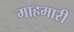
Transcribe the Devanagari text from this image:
माहमारी